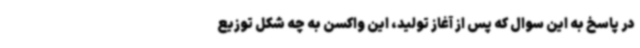
در پاسخ به این سوال که پس از آغاز تولید، این واکسن به چه شکل توزیع